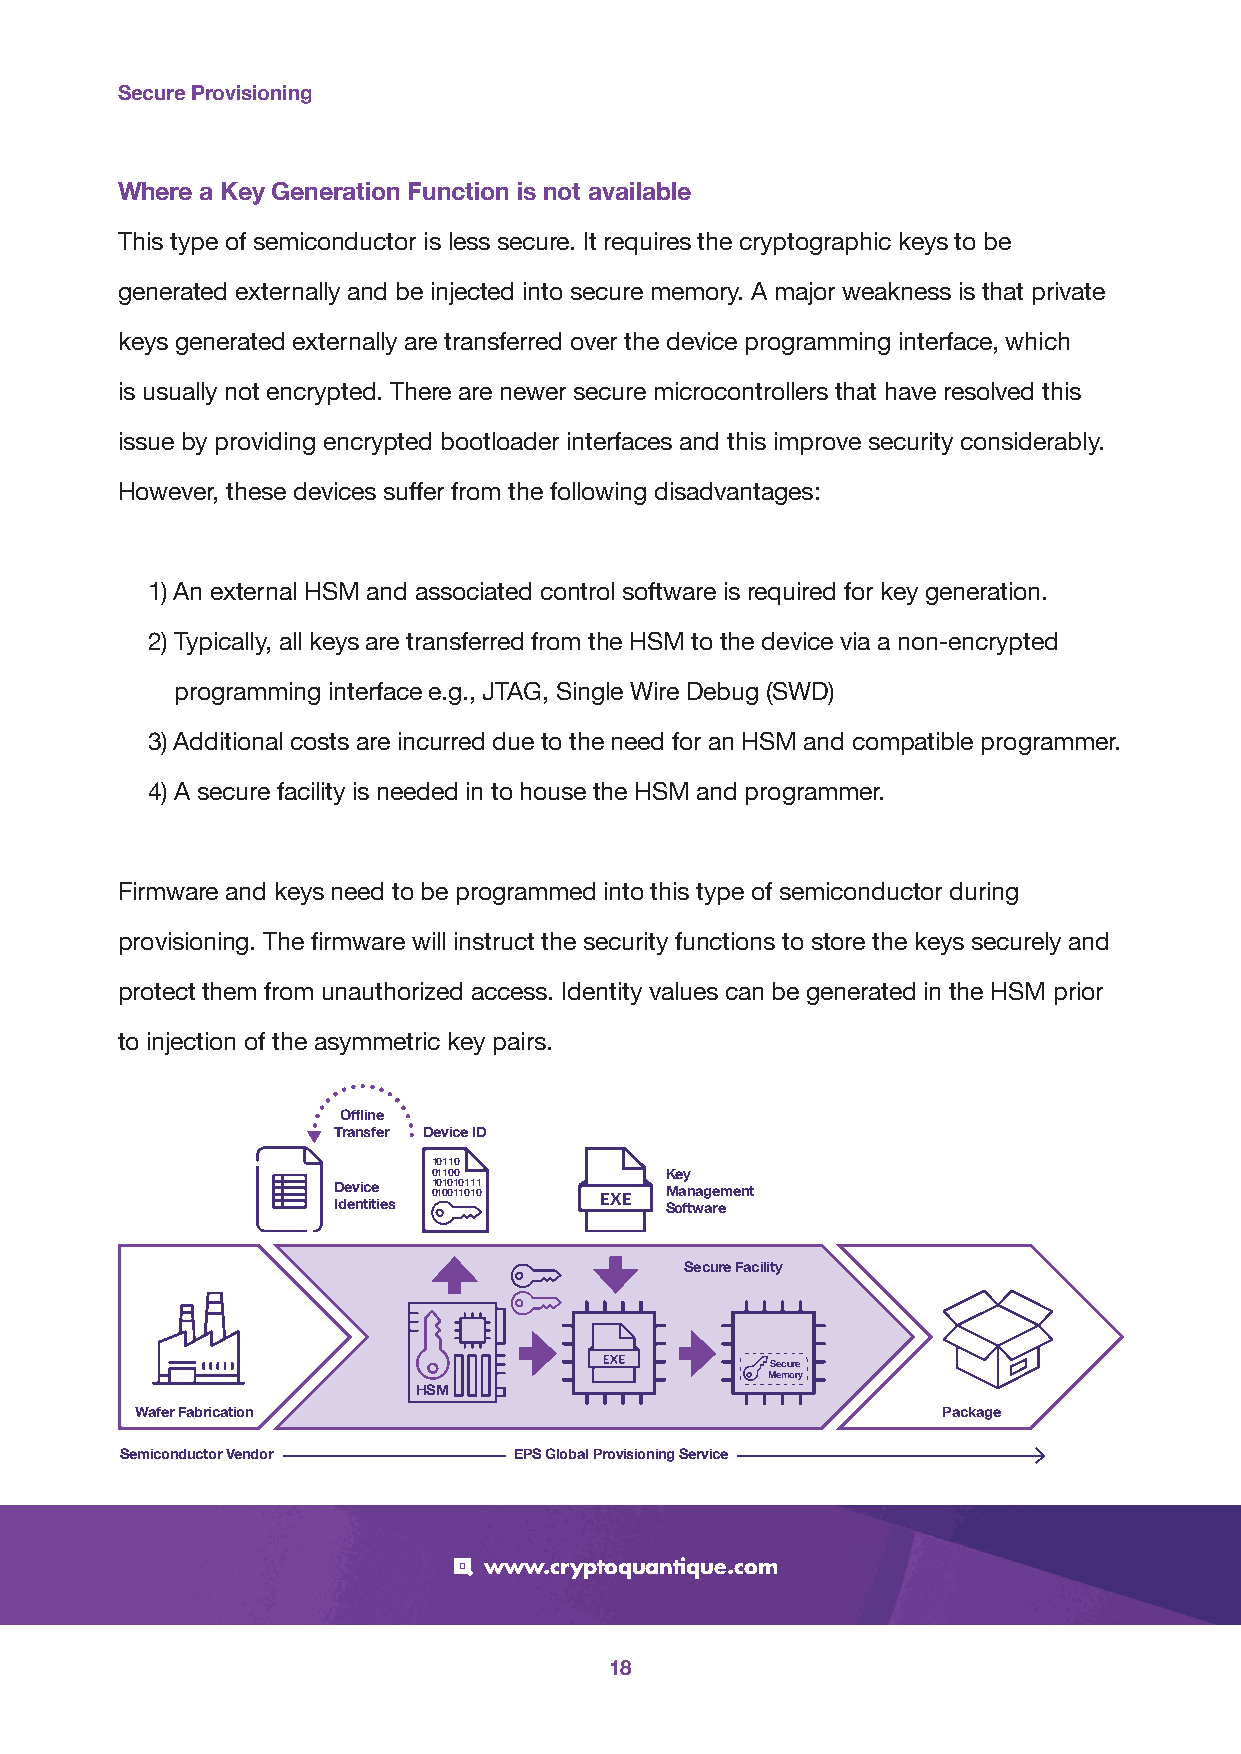
Secure Provisioning
 Where a Key Generation Function is not available
 This type of semiconductor is less secure. It requires the cryptographic keys to be
 generated externally and be injected into secure memory. A major weakness is that private
 keys generated externally are transferred over the device programming interface, which
 is usually not encrypted. There are newer secure microcontrollers that have resolved this
 issue by providing encrypted bootloader interfaces and this improve security considerably.
 However, these devices suffer from the following disadvantages:
 1) An external HSM and associated control software is required for key generation.
 2) T ypically, all keys are transferred from the HSM to the device via a non-encrypted
 programming interface e.g., JTAG, Single Wire Debug (SWD)
 3) Additional costs are incurred due to the need for an HSM and compatible programmer.
 4) A secure facility is needed in to house the HSM and programmer.
 Firmware and keys need to be programmed into this type of semiconductor during
 provisioning. The firmware will instruct the security functions to store the keys securely and
 protect them from unauthorized access. Identity values can be generated in the HSM prior
 to injection of the asymmetric key pairs.
 Offline
 Transfer Device ID
 10110
 01100          Key
 Device 1 00 11 00 01 10 11 01 11 0 Management
 Identities            Software
 Secure Facility
 Secure
 Memory
 HSM
 Wafer Fabrication                                    Package
 Semiconductor Vendor      EPS Global Provisioning Service
 www.cryptoquantique.com
 18